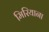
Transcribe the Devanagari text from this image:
मिरियाना